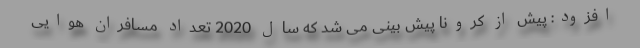
افزود: پیش از کرونا پیش بینی می شد که سال 2020 تعداد مسافران هوایی